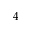
4